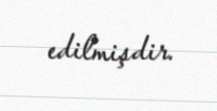
edilmişdir.